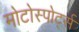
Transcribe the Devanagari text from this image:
मोटोस्पोर्ट्स